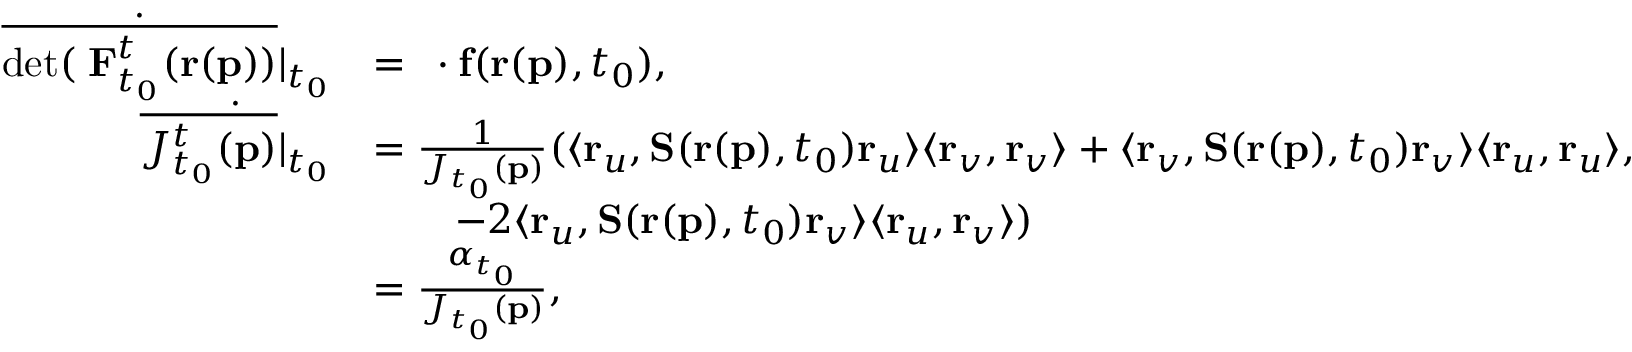
\begin{array} { r l } { \dot { \overline { { \mathrm { d e t } ( \mathbf { \nabla } \mathbf { F } _ { t _ { 0 } } ^ { t } ( \mathbf { r } ( \mathbf { p } ) ) } } } \vert _ { t _ { 0 } } } & { = \mathbf { \nabla } \cdot \mathbf { f } ( \mathbf { r } ( \mathbf { p } ) , t _ { 0 } ) , } \\ { \dot { \overline { { J _ { t _ { 0 } } ^ { t } ( \mathbf { p } ) } } \vert _ { t _ { 0 } } } } & { = \frac { 1 } { J _ { t _ { 0 } } ( \mathbf { p } ) } ( \langle \mathbf { r } _ { u } , \mathbf { S } ( \mathbf { r } ( \mathbf { p } ) , t _ { 0 } ) \mathbf { r } _ { u } \rangle \langle \mathbf { r } _ { v } , \mathbf { r } _ { v } \rangle + \langle \mathbf { r } _ { v } , \mathbf { S } ( \mathbf { r } ( \mathbf { p } ) , t _ { 0 } ) \mathbf { r } _ { v } \rangle \langle \mathbf { r } _ { u } , \mathbf { r } _ { u } \rangle , } \\ & { \quad \ \ \ - 2 \langle \mathbf { r } _ { u } , \mathbf { S } ( \mathbf { r } ( \mathbf { p } ) , t _ { 0 } ) \mathbf { r } _ { v } \rangle \langle \mathbf { r } _ { u } , \mathbf { r } _ { v } \rangle ) } \\ & { = \frac { \alpha _ { t _ { 0 } } } { J _ { t _ { 0 } } ( \mathbf { p } ) } , } \end{array}